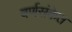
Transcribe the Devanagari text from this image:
वर्णसंकेत